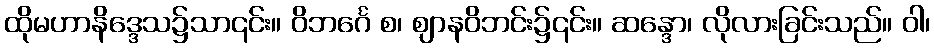
ထိုမဟာနိဒ္ဒေသ၌သာ၎င်း။ ဝိဘင်္ဂေ စ၊ ဈာနဝိဘင်း၌၎င်း။ ဆန္ဒော၊ လိုလားခြင်းသည်။ ဝါ၊